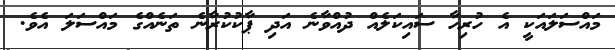
މައްސަލައަކީ އެ ހުރިހާ ސައިކަލެއް ދުއްވާނެ އަދި ޕާކުކުރާނެ ތަނެއްގެ މައްސަލަ އެވެ.